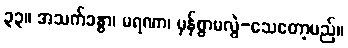
၃၃။ အသက်ခန္ဓာ၊ မရဏာ၊ မှန်စွာမလွဲ-သေတော့မည်။